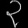
Digit: ၃